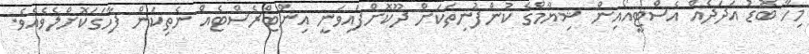
މިހާ ބޮޑު އަދަދެއް އެސްޓީއޯއިން ޝިޔާމްގެ ކުންފުނިތަކަށް ދޫކޮށްފައިވަނީ އިންޓްރެސްޓެއް ނެތިކަން ފާހަގަކޮށްލެވެއެވެ.